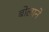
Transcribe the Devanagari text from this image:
बोलाने